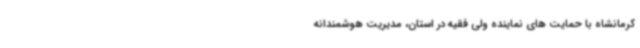
کرمانشاه با حمایت های نماینده ولی فقیه در استان، مدیریت هوشمندانه